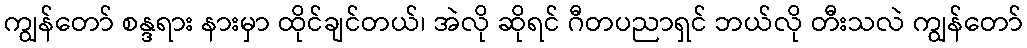
ကျွန်တော် စန္ဒရား နားမှာ ထိုင်ချင်တယ်၊ အဲလို ဆိုရင် ဂီတပညာရှင် ဘယ်လို တီးသလဲ ကျွန်တော်